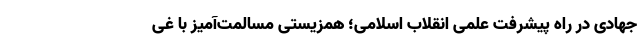
جهادی در راه پیشرفت علمی انقلاب اسلامی؛ همزیستی مسالمت­آمیز با غی